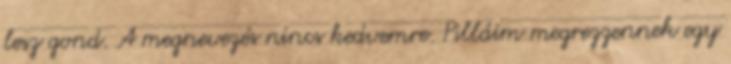
lesz gond. A megnevezés nincs kedvemre. Pilláim megrezzennek egy